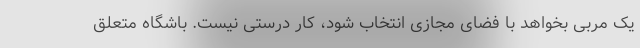
یک مربی بخواهد با فضای مجازی انتخاب شود، کار درستی نیست. باشگاه متعلق